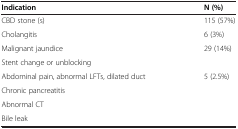
<table><thead><tr><td><b>Indication</b></td><td><b>N (%)</b></td></tr></thead><tbody><tr><td>CBD stone (s)</td><td>115 (57%)</td></tr><tr><td>Cholangitis</td><td>6 (3%)</td></tr><tr><td>Malignant jaundice</td><td>29 (14%)</td></tr><tr><td>Stent change or unblocking</td><td>[EMPTY_CELL]</td></tr><tr><td>Abdominal pain, abnormal LFTs, dilated duct</td><td>5 (2.5%)</td></tr><tr><td>Chronic pancreatitis</td><td>[EMPTY_CELL]</td></tr><tr><td>Abnormal CT</td><td>[EMPTY_CELL]</td></tr><tr><td>Bile leak</td><td>[EMPTY_CELL]</td></tr></tbody></table>